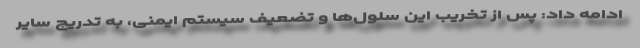
ادامه داد: پس از تخریب این سلول‌ها و تضعیف سیستم ایمنی، به تدریج سایر